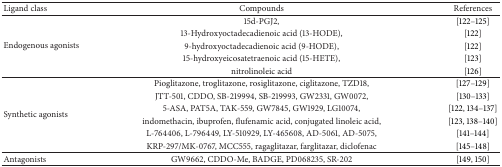
<table><thead><tr><td><b>Ligand class</b></td><td><b>Compounds</b></td><td><b>References</b></td></tr></thead><tbody><tr><td rowspan="5">Endogenous agonists</td><td>15d-PGJ2, </td><td>[122–125]</td></tr><tr><td>13-Hydroxyoctadecadienoic acid (13-HODE),</td><td>[122]</td></tr><tr><td>9-hydroxyoctadecadienoic acid (9-HODE),</td><td>[122]</td></tr><tr><td>15-hydroxyeicosatetraenoic acid (15-HETE),</td><td>[123]</td></tr><tr><td>nitrolinoleic acid</td><td>[126]</td></tr><tr><td rowspan="6">Synthetic agonists</td><td>Pioglitazone, troglitazone, rosiglitazone, ciglitazone, TZD18,</td><td>[127–129]</td></tr><tr><td>JTT-501, CDDO, SB-219994, SB-219993, GW2331, GW0072,</td><td>[130–133]</td></tr><tr><td>5-ASA, PAT5A, TAK-559, GW7845, GW1929, LG10074,</td><td>[122, 134–137]</td></tr><tr><td>indomethacin, ibuprofen, flufenamic acid, conjugated linoleic acid,</td><td>[123, 138–140]</td></tr><tr><td>L-764406, L-796449, LY-510929, LY-465608, AD-5061, AD-5075,</td><td>[141–144]</td></tr><tr><td>KRP-297/MK-0767, MCC555, ragaglitazar, farglitazar, diclofenac</td><td>[145–148]</td></tr><tr><td>Antagonists</td><td>GW9662, CDDO-Me, BADGE, PD068235, SR-202</td><td>[149, 150]</td></tr></tbody></table>